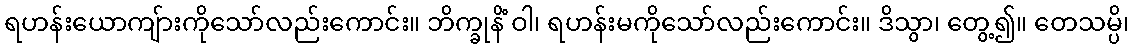
ရဟန်းယောကျ်ားကိုသော်လည်းကောင်း။ ဘိက္ခုနိံ ဝါ၊ ရဟန်းမကိုသော်လည်းကောင်း။ ဒိသွာ၊ တွေ့၍။ တေသမ္ပိ၊